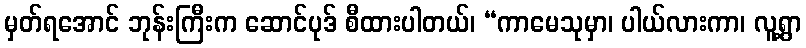
မှတ်ရအောင် ဘုန်းကြီးက ဆောင်ပုဒ် စီထားပါတယ်၊ “ကာမေသုမှာ၊ ပါယ်လားကာ၊ လူ့ရွာ